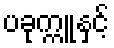
ပခုက္ကူနှင့်